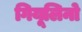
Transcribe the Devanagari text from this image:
गियूलिनो